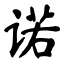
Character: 诺